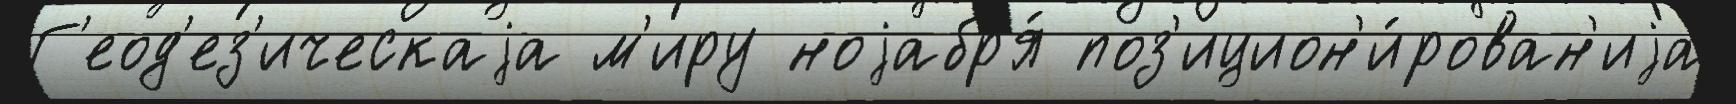
Г'еод'ез'ическаjа м'иру ноjабр'я́ поз'ицион'и́рован'иjа